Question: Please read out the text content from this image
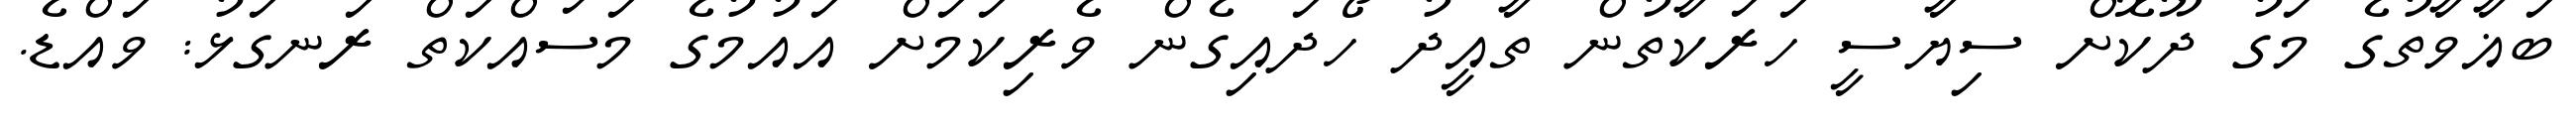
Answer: ބަޣާވާތުގެ މަގު ދޫކޮށް ސިޔާސީ ހަރަކާތުން ތާއީދު ހޯދައިގެން ވެރިކަމަށް އައުމުގެ މަސައްކަތް ރަނގަޅު: ވައްޑެ.